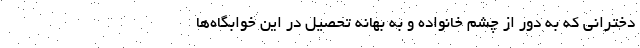
دخترانی که به دور از چشم خانواده و به بهانه تحصیل در این خوابگاه‌ها